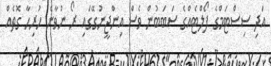
އަދި ސިސްޓަމްގެ ފޯލްޓެއްގެ ސަބަބުން ވެސް އިންޖީނުގޭގައި ރޯ ނުވާނެ ހުރިހާ ގޮތެއް